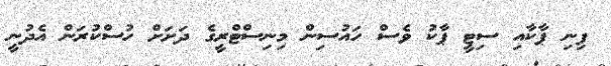
ފިނި ޕާކާއި ސިޓީ ޕާކު ވެސް ހައުސިން މިނިސްޓްރީގެ ދަށަށް ހުސްކުރަން އެދުނީ